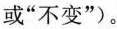
或”不变”)。